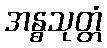
အန္ဓသုတ္တံ